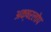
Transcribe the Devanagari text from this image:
अक्षरलोप